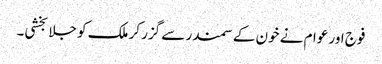
فوج اور عوام نے خون کے سمندر سے گزر کر ملک کو جلا بخشی۔